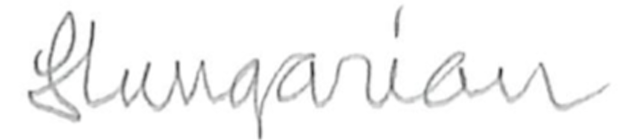
Text: Hungarian
Cross-out: clean
Writing tool: pencil